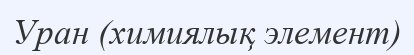
Уран (химиялық элемент)